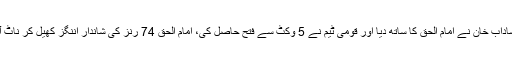
آخر میں شاداب خان نے امام الحق کا ساتھ دیا اور قومی ٹیم نے 5 وکٹ سے فتح حاصل کی، امام الحق 74 رنز کی شاندار اننگز کھیل کر ناٹ آؤٹ رہے۔